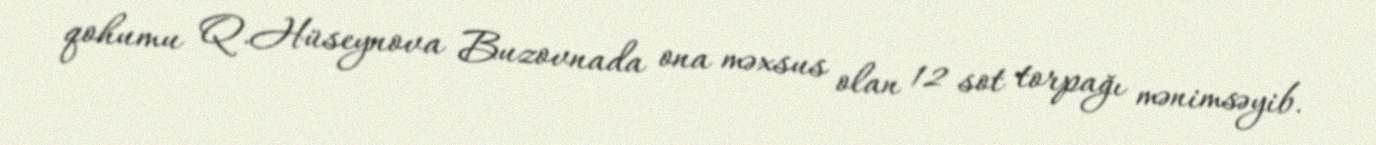
qohumu Q.Hüseynova Buzovnada ona məxsus olan 12 sot torpağı mənimsəyib.